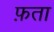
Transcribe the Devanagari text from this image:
फ़ता